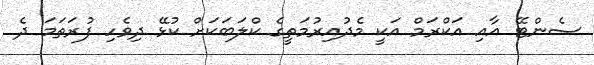
ސެންޓޭ އާއި އަކްރަމް އަކީ މެދުއިރުމަތީގެ ކްލަބަކަށް ކުޅޭ ދިވެހި ފުރަތަމަ ދެ